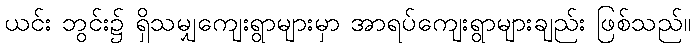
ယင်း ဘွင်း၌ ရှိသမျှကျေးရွာများမှာ အာရပ်ကျေးရွာများချည်း ဖြစ်သည်။